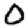
Digit: 0